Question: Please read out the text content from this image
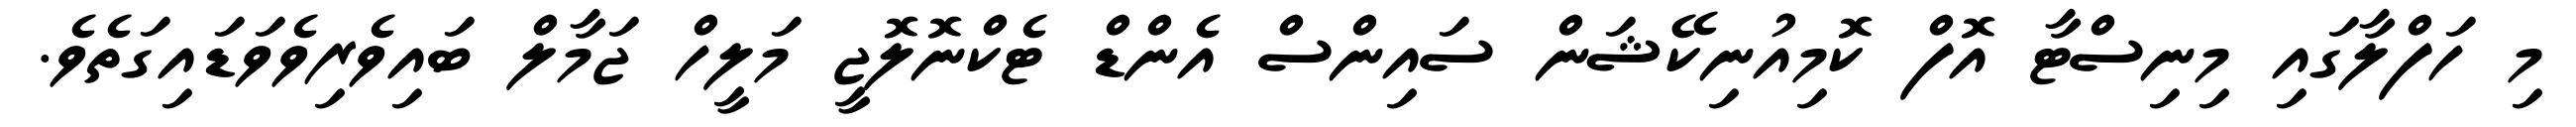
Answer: މި ހަފްލާގައި މިނިސްޓާ އޮފް ކޮމިއުނިކޭޝަން ސައިންސް އެންޑް ޓެކްނޮލޮޖީ މަލީހް ޖަމާލް ބައިވެރިވެވަޑައިގަތެވެ.